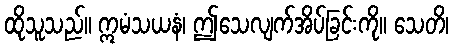
ထိုသူသည်။ ဣမံသယနံ၊ ဤသေလျက်အိပ်ခြင်းကို။ သေတိ၊